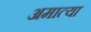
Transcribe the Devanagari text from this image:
अमात्या